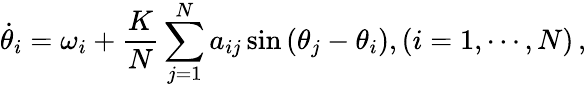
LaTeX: \dot{\theta}_{i}=\omega_{i}+\frac{K}{N}\sum_{j=1}^{N}a_{ij}\sin\left(\theta_{j}-\theta_{i}\right),(i=1,\cdots,N)\, ,